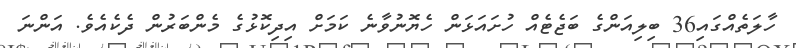
ހާލަތެއްގައި36 ބިލިއަންގެ ބަޖެޓެއް ހުށައަޅަން ހެޔޮނުވާނެ ކަމަށް އިދިކޮޅުގެ މެންބަރުން ދެކެއެވެ. އަންނަ